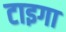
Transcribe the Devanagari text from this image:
टाइगा